Source: Handwritten
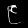
Digit: ၉ (9)